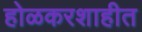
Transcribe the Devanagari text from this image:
होळकरशाहीत